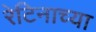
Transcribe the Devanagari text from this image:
रेटिनाच्या